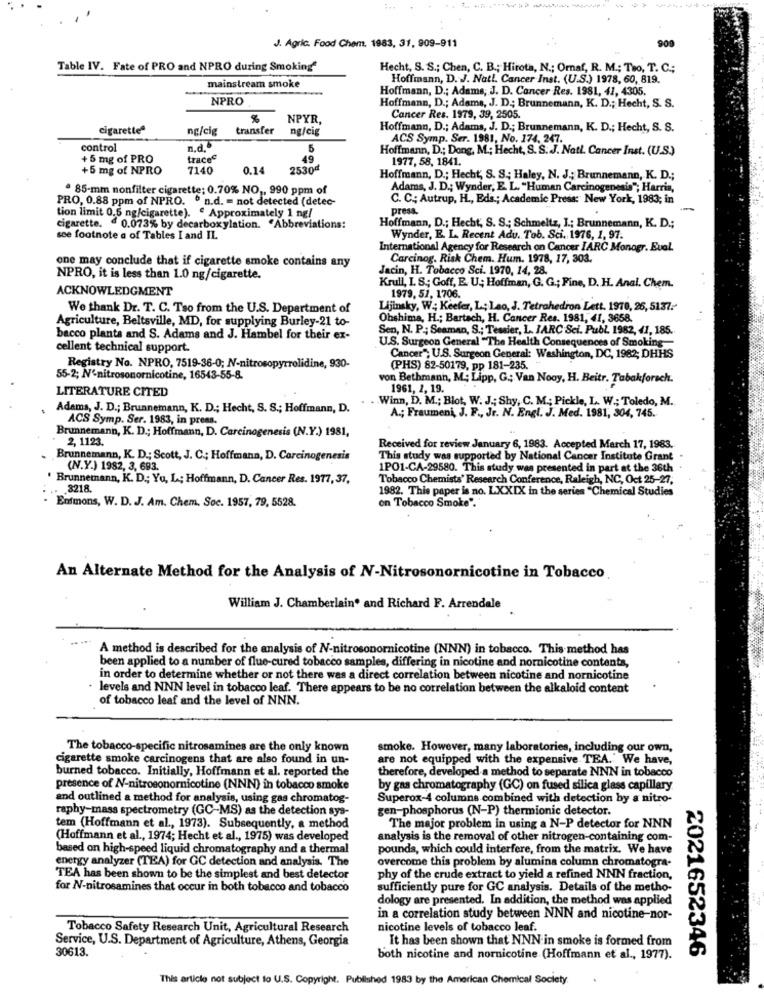
J. Agric. Food Chem. 1983, 31, 909-911
909
Table IV. Fate of PRO and NPRO during Smoking
Hecht, S. S .; Chen, C. B .; Hirota, N .; Ornaf, R. M .; Teo, T. C .;
Hoffmann, D. J. Natl. Cancer Inst. (U.S.) 1978, 60, 819.
mainstream smoke
Hoffmann, D .; Adams, J. D. Cancer Res. 1981, 41, 4305.
NPRO
Hoffmann, D .; Adams, J. D .; Brunnemann, K. D .; Hecht, S. S.
NPYR,
Cancer Res. 1979, 39, 2505.
cigaretteª
ng/cig
transfer
ng/cig
Hoffmann, D .; Adams, J. D .; Brunnemann, K. D .; Hecht, S. S.
ACS Symp. Ser. 1981, No. 174, 247.
control
n. d.
Hoffmann, D .; Dong, M .; Hecht, S. S. J. Natl. Cancer Inst. (U.S.)
+5 mg of PRO
traces
1977, 58, 1841.
+5 mg of NPRO
7140
0.14
2530ª
Hoffmann, D .; Hecht, S. S .; Haley, N. J .; Brunnemann, K. D .;
ª 85-mm nonfilter cigarette; 0.70% NO ,, 990 ppm of
Adams, J. D .; Wynder, E. L. "Human Carcinogenesis"; Harris,
PRO, 0.88 ppm of NPRO. º n.d. = not detected (detec-
C. C .; Autrup, H ., Eds .; Academic Press: New York, 1983; in
tion limit 0.5 ng/cigarette). € Approximately 1 ng/
press.
cigarette. @ 0.073% by decarboxylation. "Abbreviations:
Hoffmann, D .; Hecht, S. S .; Schmeltz, I .; Brunnemann, K. D .;
see footnote a of Tables I and IL
Wynder, E. L. Recent Adu. Tob. Sci. 1976, 1, 97.
International Agency for Research on Cancer IARC Monogr. Eual.
one may conclude that if cigarette smoke contains any
Carcinog. Risk Chem. Hum. 1978, 17, 303.
Jacin, H. Tobacco Sci. 1970, 14, 28.
NPRO, it is less than 1.0 ng/cigarette.
ACKNOWLEDGMENT
Krull, I. S .; Goff, E. U .; Hoffman, G. G .; Fine, D. H. Anal. Chem.
1979. 57, 1706.
We thank Dr. T. C. Tso from the U.S. Department of
Lijinsky, W .; Keefer, L; Lao, J. Tetrahedron Lett. 1970, 26, 5137 .-
Agriculture, Beltsville, MD, for supplying Burley-21 to-
Obshima, H .; Bartach, H. Cancer Res. 1981, 41, 3658.
Sen, N. P .; Seaman, S .; Tessier, L. JARC Sci. Publ. 1982, 41, 185.
bacco planta and S. Adams and J. Hambel for their ex-
U.S. Surgeon General "The Health Consequences of Smoking
cellent technical support.
Cancer", U.S. Surgeon General: Washington, DC, 1982; DHHS
Registry No. NPRO, 7519-36-0; N-nitrosopyrrolidine, 930-
(PHS) 82-50179, pp 181-235.
55-2; N'-nitrosonornicotine, 16543-55-8.
von Bethmann, M .; Lipp, G; Van Nooy, H. Beitr. Tabakforsch.
LITERATURE CITED
1961, 2, 19.
Winn, D. M .; Blot, W. J .; Shy, C. M .; Pickle, L. W .; Toledo, M.
Adams, J. D .; Brunnemann, K. D .; Hecht, S. S .; Hoffmann, D.
ACS Symp. Ser. 1983, in press.
A .; Fraumeni, J. F ., Jr. N. Engl. J. Med. 1981, 304, 745.
Brunnemann, K. D .; Hoffmann, D. Carcinogenesis (N.Y.) 1981,
2, 1123.
Received for review January 6, 1983. Accepted March 17, 1983.
Brunnemann, K. D .; Scott, J. C .; Hoffmann, D. Carcinogenesis
This study was supported by National Cancer Institute Grant
(N.Y.) 1982, 3, 693.
1PO1-CA-29580. This study was presented in part at the 36th
' Brunnemann, K. D .; Yu, L; Hoffmann, D. Cancer Res. 1977, 37,
Tobacco Chemists' Research Conference, Raleigh, NC, Oct 25-27,
3218.
1982. This paper is no. LXXIX in the series "Chemical Studies
Enfmons, W. D. J. Am. Chem. Soc. 1957, 79, 5528.
on Tobacco Smoke".
An Alternate Method for the Analysis of N-Nitrosonornicotine in Tobacco
William J. Chamberlain and Richard F. Arrendale
A method is described for the analysis of N-nitrosonornicotine (NNN) in tobacco. This method has
been applied to a number of flue-cured tobacco samples, differing in nicotine and nornicotine contents,
in order to determine whether or not there was a direct correlation between nicotine and nornicotine
levels and NNN level in tobacco leaf. There appears to be no correlation between the alkaloid content
of tobacco leaf and the level of NNN.
The tobacco-specific nitrosamines are the only known
smoke. However, many laboratories, including our own,
cigarette smoke carcinogens that are also found in un-
are not equipped with the expensive TEA. We have,
burned tobacco. Initially, Hoffmann et al. reported the
therefore, developed a method to separate NNN in tobacco
presence of N-nitrosonornicotine (NNN) in tobacco smoke
by gas chromatography (GC) on fused silica glass capillary
and outlined a method for analysis, using gas chromatog-
Superox-4 columns combined with detection by a nitro-
raphy-mass spectrometry (GC-MS) as the detection sys-
gen-phosphorus (N-P) thermionic detector.
tem (Hoffmann et al ., 1973). Subsequently, a method
The major problem in using a N-P detector for NNN
(Hoffmann et al ., 1974; Hecht et al ., 1975) was developed
analysis is the removal of other nitrogen-containing com-
based on high-speed liquid chromatography and a thermal
pounds, which could interfere, from the matrix. We have
energy analyzer (TEA) for GC detection and analysis. The
overcome this problem by alumina column chromatogra-
TEA has been shown to be the simplest and best detector
phy of the crude extract to yield a refined NNN fraction,
for N-nitrosamines that occur in both tobacco and tobacco
sufficiently pure for GC analysis. Details of the metho-
dology are presented. In addition, the method was applied
in a correlation study between NNN and nicotine-nor-
Tobacco Safety Research Unit, Agricultural Research
nicotine levels of tobacco leaf.
Service, U.S. Department of Agriculture, Athens, Georgia
It has been shown that NNN in smoke is formed from
30613.
both nicotine and nornicotine (Hoffmann et al ., 1977).
2021652346
This article not subject to U.S. Copyright. Published 1983 by the American Chemical Society.